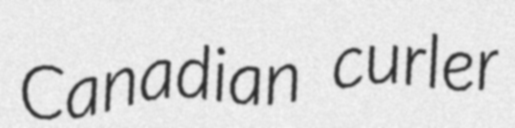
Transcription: Canadian curler